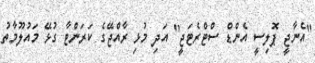
"އެނާޖީ ޕޮލިސީ އެންޑް ސްޓްރެޓަޖީ" އަދި މުޅި ރާއްޖޭގެ ކަރަންޓާ ގުޅޭ މައުލޫމާތު